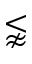
\lnapprox